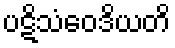
ပဋိသံဝေဒိယတိ